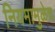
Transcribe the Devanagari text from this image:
नियमामुळेच